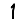
Digit: 1